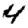
Digit: 4